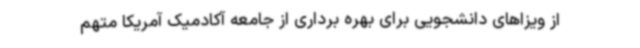
از ویزاهای دانشجویی برای بهره برداری از جامعه آکادمیک آمریکا متهم